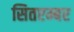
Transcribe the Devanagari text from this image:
सितएम्बर